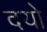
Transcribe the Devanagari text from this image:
दयो